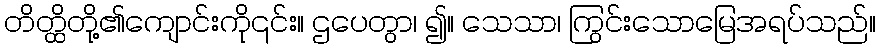
တိတ္ထိတို့၏ကျောင်းကို၎င်း။ ဌပေတွာ၊ ၍။ သေသာ၊ ကြွင်းသောမြေအရပ်သည်။